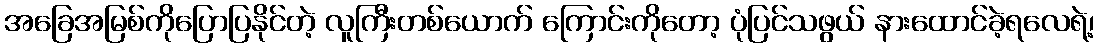
အခြေအမြစ်ကိုပြောပြနိုင်တဲ့ လူကြီးတစ်ယောက် ကြောင်းကိုတော့ ပုံပြင်သဖွယ် နားထောင်ခဲ့ရလေရဲ့၊